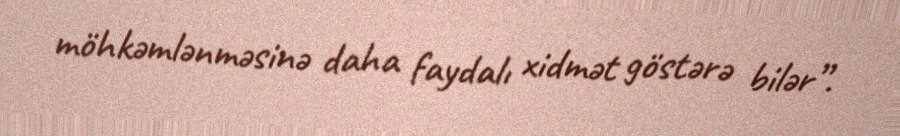
möhkəmlənməsinə daha faydalı xidmət göstərə bilər”.